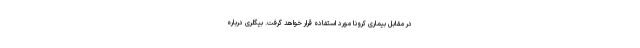
در مقابل بیماری کرونا مورد استفاده قرار خواهد گرفت. بیگلری درباره